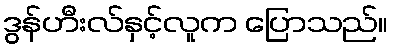
ဒွန်ဟီးလ်နှင့်လူက ပြောသည်။